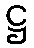
ဋ္ဌ